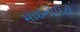
માઈનોરિટી